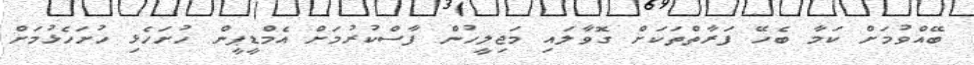
ބޭއްވުމަށް ކަމާ ބެހޭ ފަރާތްތަކަށް ގޮވާލައި މަޖިލީހުން ފާސްކުރުމަށް އެމްޑީޕީން ހުށަހެޅި ހުށަހެޅުމަށް